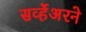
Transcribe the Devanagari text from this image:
सर्व्हेअरने